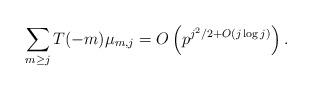
LaTeX: \begin{align*}\sum_{m\ge j} T(-m) \mu_{m,j} = O\left( p^{j^2/2 + O(j\log j)} \right).\end{align*}